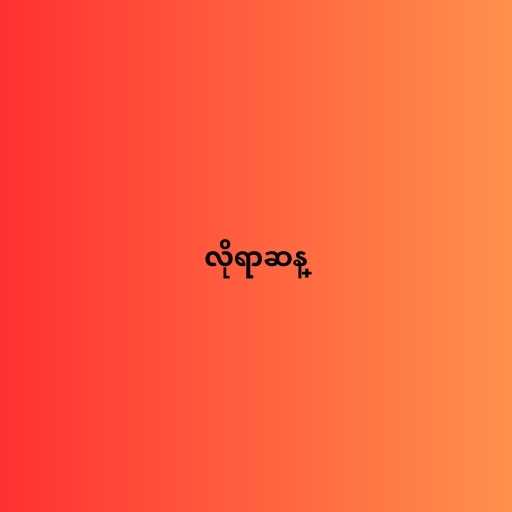
လိုရာဆန္